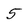
Character: 5